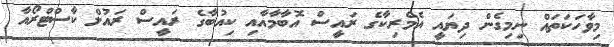
މިވާހަކަތައް ނިމިގެން ދިޔައީ އެމެރިކާގެ ރައީސް އޮބާމާއާއި ކިއުބާގެ ރައީސް ރައުލް ކާސްޓްރޯއާ